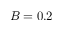
B = 0 . 2